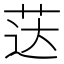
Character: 荙